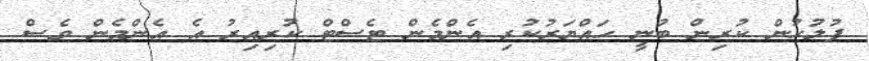
ފުލުހުން ކުރިން ބުނީ ހައްޔަރުކުރި އެންމެން ޓެސްޓް ކުރިއިރު އެ އެންމެން ވެސް